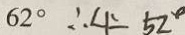
6 2 ^ { \circ } \therefore \angle 1 = 5 2 ^ { \circ }